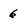
Character: 6